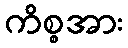
ကိစ္စအား